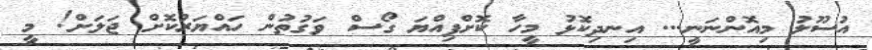
އުސޫލު މިއޮންނަނީ... އިނދިކޮޅު މީހާ ކޮށްފިއްޔަ ގޯސް ވަގުތުން ހައްޔަރުކޮށް ޖަލަށް! މީ